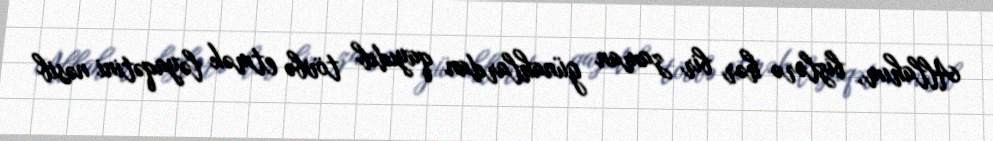
Allahım, bizlərə hər bir zaman günahlardan qayıdıb tövbə etmək ləyaqətini nəsib